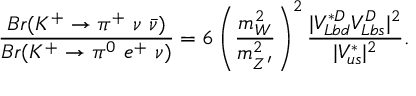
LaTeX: \frac { B r ( K ^ { + } \rightarrow \pi ^ { + } \ \nu \ \bar { \nu } ) } { B r ( K ^ { + } \rightarrow \pi ^ { 0 } \ e ^ { + } \ \nu ) } = 6 \left( \frac { m _ { W } ^ { 2 } } { m _ { Z ^ { \prime } } ^ { 2 } } \right) ^ { 2 } \frac { | V _ { L b d } ^ { * D } V _ { L b s } ^ { D } | ^ { 2 } } { | V _ { u s } ^ { * } | ^ { 2 } } .